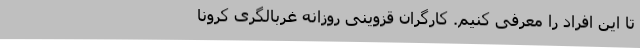
تا این افراد را معرفی کنیم. کارگران قزوینی روزانه غربالگری کرونا